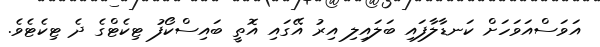
އަވަސްއަވަހަށް ކަނޑާލާފައި ބަލައިލި އިރު އޭގައި އޮތީ ބައިސްކޯފު ޓިކެޓްގެ ދެ ޓިކެޓެވެ.